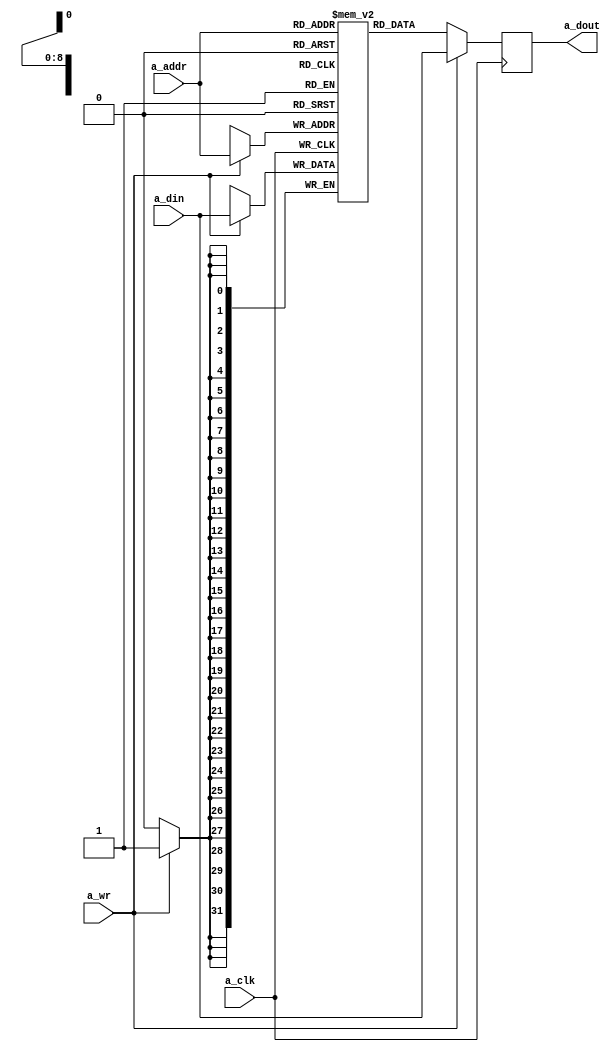
module BRAM_SinglePort #(
    parameter OREG = 0,
    parameter DATA = 32,
    parameter ADDR = 9
) (
    // Port A
    input   wire                a_clk,
    input   wire                a_wr,
    input   wire    [ADDR-1:0]  a_addr,
    input   wire    [DATA-1:0]  a_din,
    output  reg     [DATA-1:0]  a_dout
);
 
// Shared memory
reg [DATA-1:0] mem [(2**ADDR)-1:0];

integer i;
initial begin
    for (i = 0; i < (2**ADDR); i = i + 1) begin: initialmem
        mem[i] <= i;
    end
end

generate
if (OREG) begin // pipelined BRAM
    // Port A
    reg     [DATA-1:0]  a_oreg, b_oreg;
    always @(posedge a_clk) begin
        a_dout <= a_oreg;
        a_oreg <= mem[a_addr];
        if(a_wr) begin
            a_oreg      <= a_din;
            mem[a_addr] <= a_din;
        end
    end
end else begin // flow-through BRAM
    // Port A
    always @(posedge a_clk) begin
        a_dout      <= mem[a_addr];
        if(a_wr) begin
            a_dout      <= a_din;
            mem[a_addr] <= a_din;
        end
    end
end
endgenerate
 
endmodule